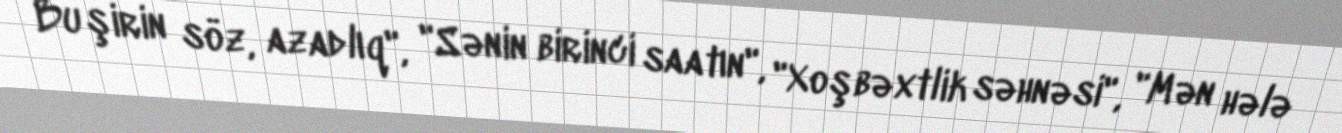
Bu şirin söz, azadlıq", "Sənin birinci saatın", "Xoşbəxtlik səhnəsi", "Mən hələ